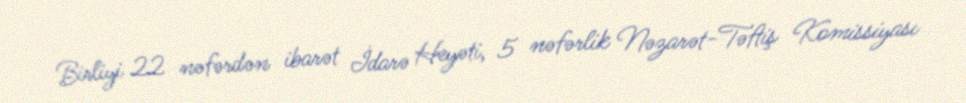
Birliyi 22 nəfərdən ibarət İdarə Heyəti, 5 nəfərlik Nəzarət-Təftiş Komissiyası